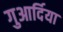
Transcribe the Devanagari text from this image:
गुआर्दिया